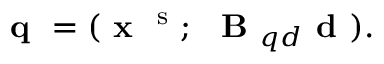
\textbf { q } = ( \textbf { x } ^ { \mathrm { ~ s ~ } } ; ~ \textbf { B } _ { q d } \textbf { d } ) .